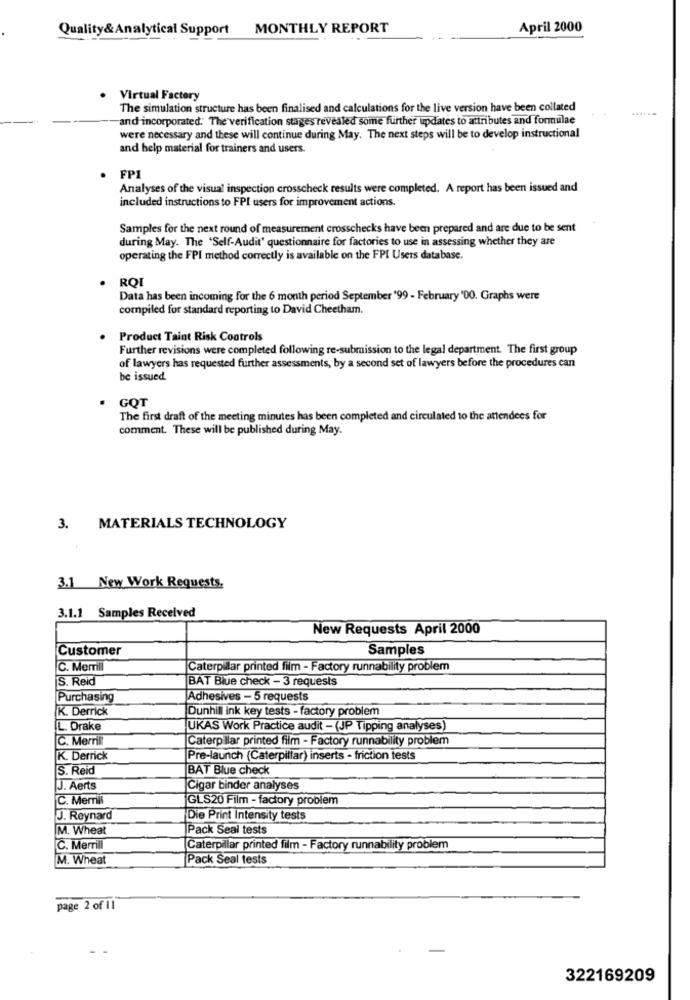
Quality& Analytical Support MONTHLY REPORT
April 2000
Virtual Factory
The simulation structure has been finalised and calculations for the live version have been collated
and incorporated. The verification stages revealed some further updates to attributes and formulae
were necessary and these will continue during May. The next steps will be to develop instructional
and help material for trainers and users.
FP1
Analyses of the visual inspection crosscheck results were completed. A report has been issued and
included instructions to FPI users for improvement actions.
Samples for the next round of measurement crosschecks have been prepared and are due to be sent
during May. The 'Self-Audit' questionnaire for factories to use in assessing whether they are
operating the FPI method correctly is available on the FPI Users database.
ROI
Data has been incoming for the 6 month period September "99 - February '00. Graphs were
compiled for standard reporting to David Cheetham.
Product Taint Risk Controls
Further revisions were completed following re-submission to the legal department. The first group
of lawyers has requested further assessments, by a second set of lawyers before the procedures can
be issued
GOT
The first draft of the meeting minutes has been completed and circulated to the attendees for
comment. These will be published during May.
3.
MATERIALS TECHNOLOGY
3.1 New Work Requests.
3.1.1 Samples Received
New Requests April 2000
Customer
Samples
C. Merrill
Caterpillar printed film - Factory runnability problem
S. Reid
BAT Blue check - 3 requests
Purchasing
Adhesives - 5 requests
K. Derrick
Dunhill ink key tests - factory problem
L. Drake
UKAS Work Practice audit - (JP Tipping analyses)
C. Merrill
Caterpillar printed film - Factory runnability problem
K. Derrick
Pre-launch (Caterpillar) inserts - friction tests
S. Reid
BAT Blue check
J. Aerts
Cigar binder analyses
C. Merrill
GLS20 Film - factory problem
J. Reynard
Die Print Intensity tests
M. Wheat
Pack Seal tests
C. Merrill
Caterpillar printed film - Factory runnability problem
M. Wheat
Pack Seal tests
page 2 of 11
322169209